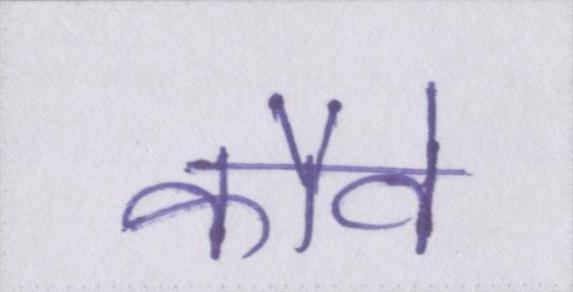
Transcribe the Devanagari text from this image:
कौवे